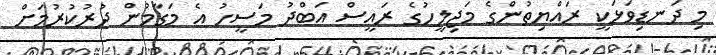
މި ދަނޑިވަޅަކީ ރައްޔިތުންގެ މަޖިލީހުގެ ރައީސް އަބްދު މަސީހު އެ މަގާމުން ދުރުކުރުމަށް